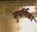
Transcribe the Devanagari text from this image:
सुपर्णिका